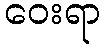
ဝေးရာ